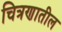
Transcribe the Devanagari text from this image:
चित्रणातील